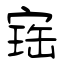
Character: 寚